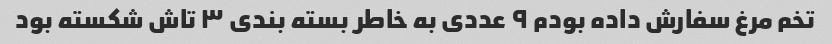
تخم مرغ سفارش داده بودم ۹ عددی به خاطر بسته بندی ۳ تاش شکسته بود